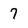
Character: 7